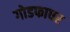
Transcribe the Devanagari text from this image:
गोडफाधर